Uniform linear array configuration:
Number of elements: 8
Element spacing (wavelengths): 1
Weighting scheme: blackman
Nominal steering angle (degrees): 0
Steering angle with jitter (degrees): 0.1487
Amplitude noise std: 0.05
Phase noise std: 0.05

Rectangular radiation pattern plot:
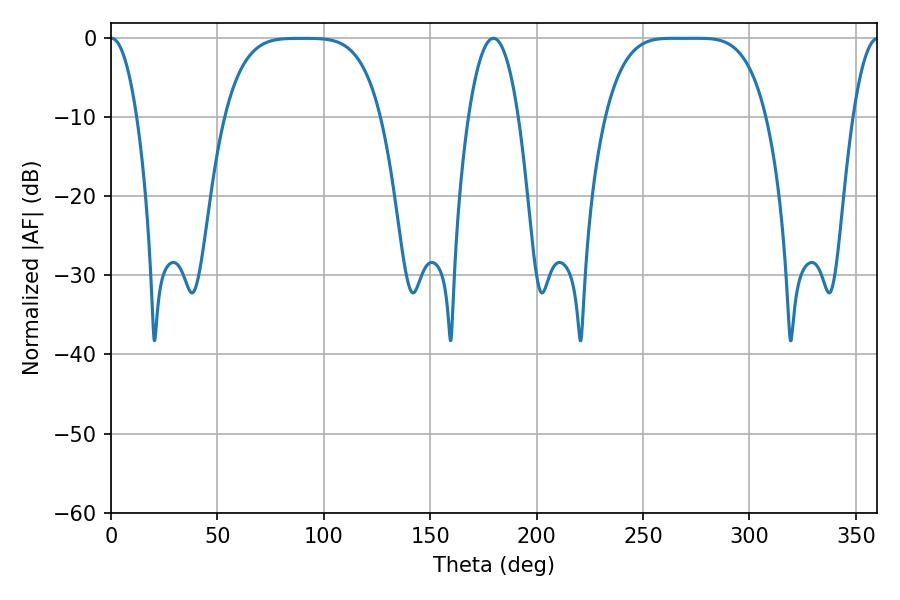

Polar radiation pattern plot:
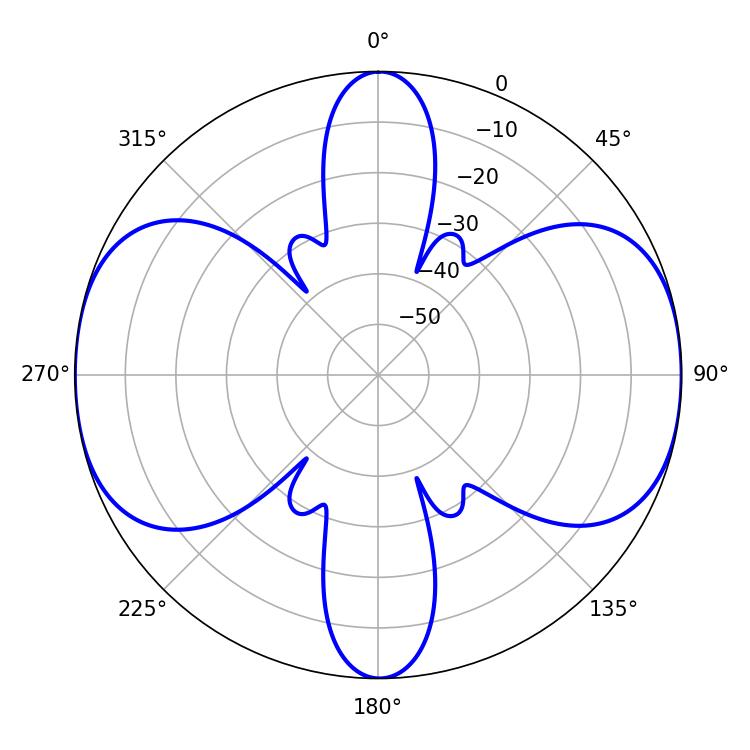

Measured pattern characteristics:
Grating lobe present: TRUE
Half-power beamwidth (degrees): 56.52
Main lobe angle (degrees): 264.24